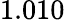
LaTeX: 1.010